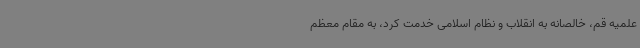
علمیه قم، خالصانه به انقلاب و نظام اسلامی خدمت کرد، به مقام معظم